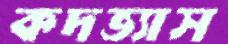
কদভ্যাস